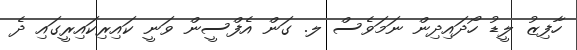
ހާފިޒު ލީޑު ހޯދައިދިން ނަމަވެސް ލ. ގަން އެފްސީން ވަނީ ކައިރިކައިރީގައި ދެ